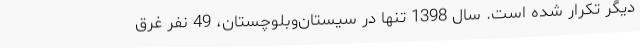
دیگر تکرار شده است. ‌سال 1398 تنها در سیستان‌وبلوچستان، 49 نفر غرق